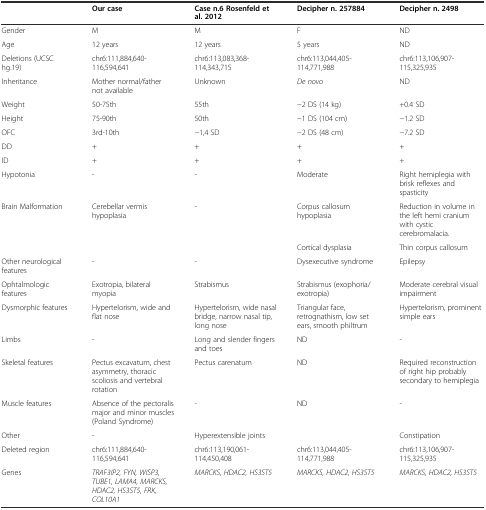
<table><thead><tr><td></td><td><b>Our case</b></td><td><b>Case n.6 Rosenfeld et al. 2012</b></td><td><b>Decipher n. 257884</b></td><td><b>Decipher n. 2498</b></td></tr></thead><tbody><tr><td>Gender</td><td>M</td><td>M</td><td>F</td><td>ND</td></tr><tr><td>Age</td><td>12 years</td><td>12 years</td><td>5 years</td><td>ND</td></tr><tr><td>Deletions (UCSC hg.19)</td><td>chr6:111,884,640-116,594,641</td><td>chr6:113,083,368-114,343,715</td><td>chr6:113,044,405-114,771,988</td><td>chr6:113,106,907-115,325,935</td></tr><tr><td>Inheritance</td><td>Mother normal/father not available</td><td>Unknown</td><td><i>De novo</i></td><td>ND</td></tr><tr><td>Weight</td><td>50-75th</td><td>55th</td><td>−2 DS (14 kg)</td><td>+0.4 SD</td></tr><tr><td>Height</td><td>75-90th</td><td>50th</td><td>−1 DS (104 cm)</td><td>−1.2 SD</td></tr><tr><td>OFC</td><td>3rd-10th</td><td>−1,4 SD</td><td>−2 DS (48 cm)</td><td>−7.2 SD</td></tr><tr><td>DD</td><td>+</td><td>+</td><td>+</td><td>+</td></tr><tr><td>ID</td><td>+</td><td>+</td><td>+</td><td>+</td></tr><tr><td>Hypotonia</td><td>-</td><td>-</td><td>Moderate</td><td>Right hemiplegia with brisk reflexes and spasticity</td></tr><tr><td rowspan="2">Brain Malformation</td><td rowspan="2">Cerebellar vermis hypoplasia</td><td rowspan="2">-</td><td>Corpus callosum hypoplasia</td><td>Reduction in volume in the left hemi cranium with cystic cerebromalacia.</td></tr><tr><td>Cortical dysplasia</td><td>Thin corpus callosum</td></tr><tr><td>Other neurological features</td><td>-</td><td>-</td><td>Dysexecutive syndrome</td><td>Epilepsy</td></tr><tr><td>Ophtalmologic features</td><td>Exotropia, bilateral myopia</td><td>Strabismus</td><td>Strabismus (exophoria/exotropia)</td><td>Moderate cerebral visual impairment</td></tr><tr><td>Dysmorphic features</td><td>Hypertelorism, wide and flat nose</td><td>Hypertelorism, wide nasal bridge, narrow nasal tip, long nose</td><td>Triangular face, retrognathism, low set ears, smooth philtrum</td><td>Hypertelorism, prominent simple ears</td></tr><tr><td>Limbs</td><td>-</td><td>Long and slender fingers and toes</td><td>ND</td><td>-</td></tr><tr><td>Skeletal features</td><td>Pectus excavatum, chest asymmetry, thoracic scoliosis and vertebral rotation</td><td>Pectus carenatum</td><td>ND</td><td>Required reconstruction of right hip probably secondary to hemiplegia</td></tr><tr><td>Muscle features</td><td>Absence of the pectoralis major and minor muscles (Poland Syndrome)</td><td>-</td><td>ND</td><td>-</td></tr><tr><td>Other</td><td>-</td><td>Hyperextensible joints</td><td></td><td>Constipation</td></tr><tr><td>Deleted region</td><td>chr6:111,884,640-116,594,641</td><td>chr6:113,190,061-114,450,408</td><td>chr6:113,044,405-114,771,988</td><td>chr6:113,106,907-115,325,935</td></tr><tr><td>Genes</td><td><i>TRAF3IP2, FYN, WISP3, TUBE1, LAMA4, MARCKS, HDAC2, HS3ST5, FRK, COL10A1</i></td><td><i>MARCKS, HDAC2, HS3ST5</i></td><td><i>MARCKS, HDAC2, HS3ST5</i></td><td><i>MARCKS, HDAC2, HS3ST5</i></td></tr></tbody></table>